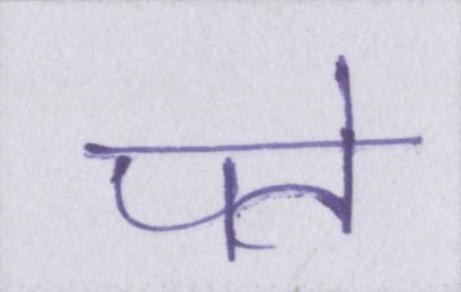
पते